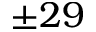
\pm 2 9